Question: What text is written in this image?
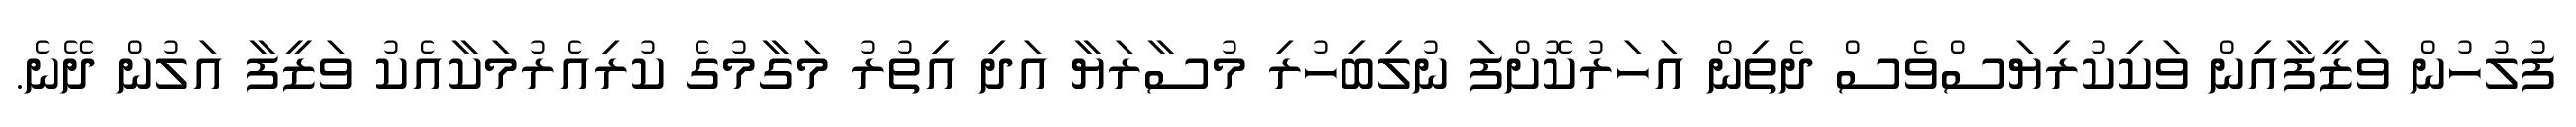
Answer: ފުލުހުން ވަޒީފާއިން ވަކިކުރިޔަސްވެސް ދެތިން އަހަރުކޮށްފަ ނުލިބިހުރި މުސާރަޔާ އަދި އިތުރު މަގާމުގެ ކުރިއެރުމަކާއެކު ވަޒީފާ އަލުން ދޭނެ.